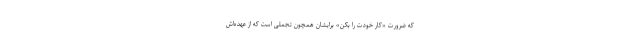
که ضرورت «کار خودت را بکن» برایشان همچون تجملی است که از عهده‌اش